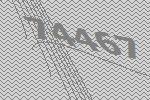
74467